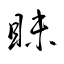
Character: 眛